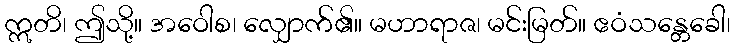
ဣတိ၊ ဤသို့။ အဝေါစ၊ လျှောက်၏။ မဟာရာဇ၊ မင်းမြတ်။ ဧဝံသန္တေခေါ၊